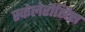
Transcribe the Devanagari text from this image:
स्केलेरौसिस